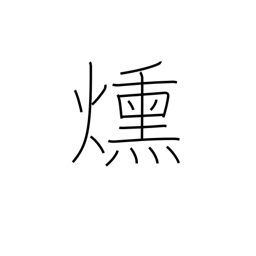
Meaning: smoulder